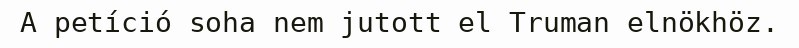
A petíció soha nem jutott el Truman elnökhöz.